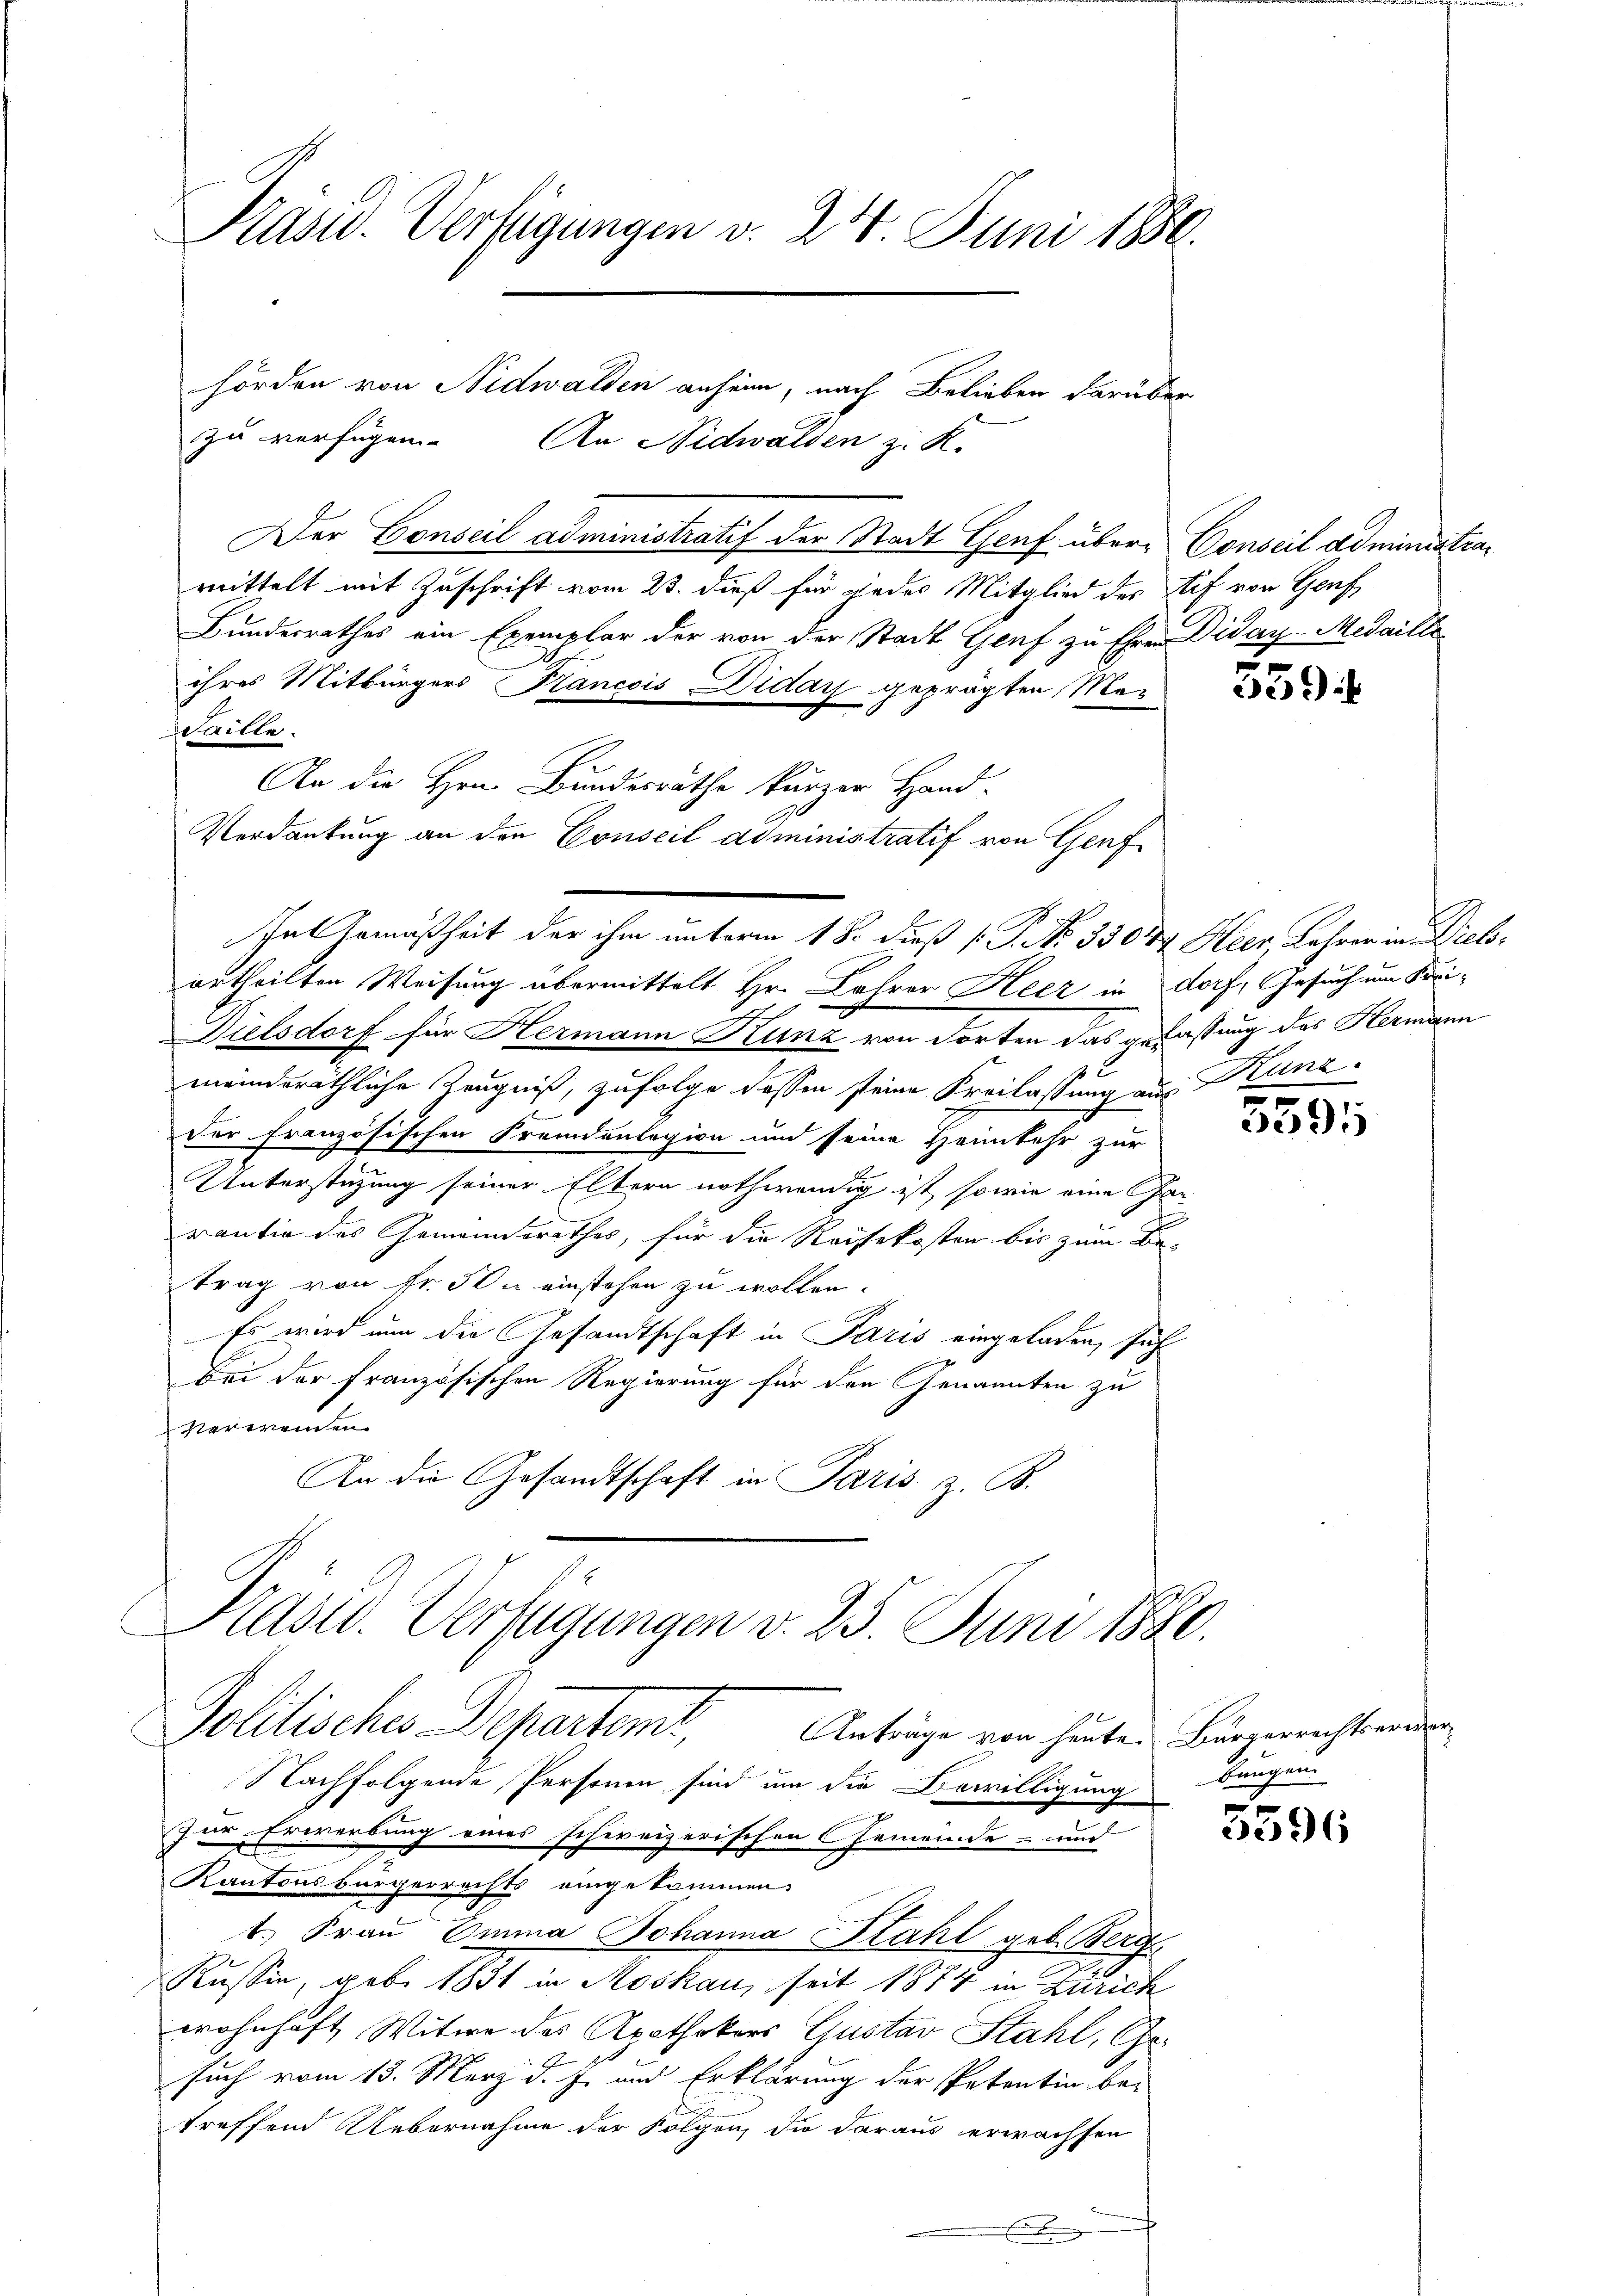
Pasid. Verfügungen v. 24. Juni 1880.

Der Conseil administratif der Stadt Genf über Conseil administramittelt mit Zuschrift vom 23. dieß für jedes Mitglied des tif von Genf
Bundesrathes ein Exemplar der von der Stadt Genf zu Ehren Diday-Medaille
ihres Mitbürgers Krancois Diday geprägten Man
Faille.
An die Hrn. Bundesräthe kürzer Hand-
Verdankung an den Conseil administratif von Genf
urtheilten Weisung übermittelt Hr. Lohrer Heer in dorf, Gesuch um Freit
Dielsdorf für Hermann Kunz von dorten das gefassung des Hermann
meindsräthliche Zeugniß, zufolge dessen seine Freilassung aus Kunz¬
Der französischen Fremdenlegion und seine Heimkehr zur
Unterstüzung seiner Eltern nothwendig ist, sowie eine Gan
rantie des Gemeindsrathes, für die Reisekosten bis zum Be-
trag von fr. In einstehen zu wollen.
Es wird nun die Gesandtschaft in Paris eingeladen, sich
bei der französischen Regierung für den Genannten zu
verweinen
An die Gesandtschaft in Paris, z. B.

hörden von Nidwalden anheim, nach Belieben darüber
zu verfügen. An Nidwalden z. K.

Int Ermäßheit der ihm unterm 18. dieß P. No 33024 Heer, Lehrer in Diels¬

Kast. Verfügungen v. 25. Juni 1880.
Politisches Departeme,
Anträge von heute. Bürgerrechtserwer¬

Nachfolgende Personen sind um die Bewilligung bangen.
zur Erwerbung eines schweizerischen Gemeinde- und
Kantonsbürgerrechts eingekommen.
t. Frau Omma Johanna Stahl geb. Berg
Russin, geb. 1831 in Moskau, seit 1874 in Zürich
wohnhaft Witwe des Apothekers Gustav Stahl, Ge-
such vom 13. März d. J. und Erklärung der Petentin be-
treffend Uebernahme der Folgen, die daraus erwachsen

2e)

5595

t
36